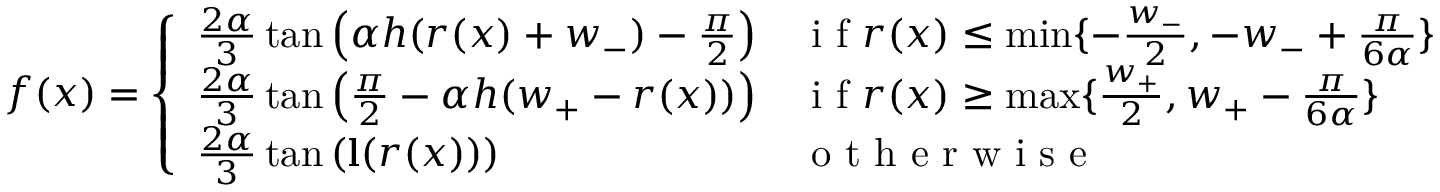
f ( x ) = \left\{ \begin{array} { l l } { \frac { 2 \alpha } { 3 } \tan \left( \alpha h ( r ( x ) + w _ { - } ) - \frac { \pi } { 2 } \right) } & { \textnormal { i f } r ( x ) \le \operatorname* { m i n } \{ - \frac { w _ { - } } { 2 } , - w _ { - } + \frac { \pi } { 6 \alpha } \} } \\ { \frac { 2 \alpha } { 3 } \tan \left( \frac { \pi } { 2 } - \alpha h ( w _ { + } - r ( x ) ) \right) } & { \textnormal { i f } r ( x ) \ge \operatorname* { m a x } \{ \frac { w _ { + } } { 2 } , w _ { + } - \frac { \pi } { 6 \alpha } \} } \\ { \frac { 2 \alpha } { 3 } \tan \left( \mathbf { l } ( r ( x ) ) \right) } & { \textnormal { o t h e r w i s e } } \end{array} \right.